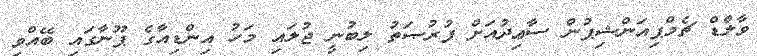
ވާލްޑް ޗެމްޕިއަންޝިޕުން ސާޢިދުއަށް ފުރުޞަތު ލިބުނީ ޖުލައި މަހު އިންޑިއާގެ ޕޫނާގައި ބޭއްވި